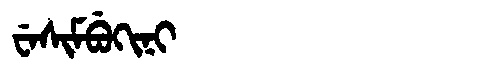
Manchu: ᠸᡝᠰᡳᠮᠪᡠᡴᡳᠨᡳ
Romanization: WESIMBUKINI